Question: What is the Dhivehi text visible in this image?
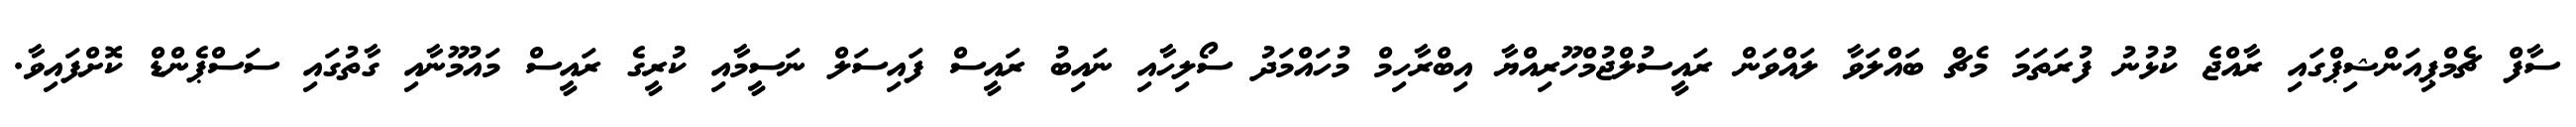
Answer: ސާފް ޗެމްޕިއަންޝިޕްގައި ރާއްޖެ ކުޅުނު ފުރަތަމަ މެޗް ބައްލަވާ ލައްވަން ރައީސުލްޖުމްހޫރިއްޔާ އިބްރާހިމް މުހައްމަދު ސޯލިހާއި ނައިބު ރައީސް ފައިސަލް ނަސީމާއި ކުރީގެ ރައީސް މައުމޫނާއި ގާތުގައި ސަސްޕެންޑް ކޮށްފައިވާ.